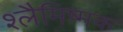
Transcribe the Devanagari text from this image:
श्लैमिष्मक